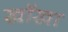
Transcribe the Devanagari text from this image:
खॉखा